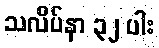
သလိပ်နာ ၃၂ ပါး